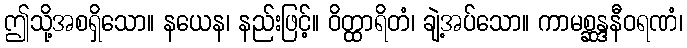
ဤသို့အစရှိသော။ နယေန၊ နည်းဖြင့်။ ဝိတ္ထာရိတံ၊ ချဲ့အပ်သော။ ကာမစ္ဆန္ဒနီဝရဏံ၊